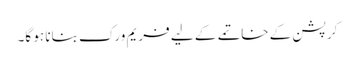
کرپشن کے خاتمے کے لیے فریم ورک بنانا ہو گا۔